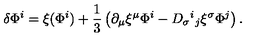
\delta \Phi ^ { i } = \xi ( \Phi ^ { i } ) + { \frac { 1 } { 3 } } \left( \partial _ { \mu } \xi ^ { \mu } \Phi ^ { i } - D _ { \sigma } { } ^ { i } { } _ { j } \xi ^ { \sigma } \Phi ^ { j } \right) .